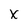
Character: X